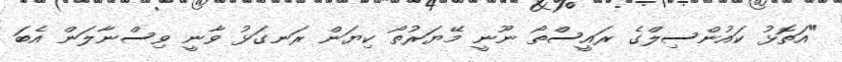
"އަތޮޅު ކައުންސިލްގެ ރައީސްތޯ ނޫނީ މޭޔަރުތޯ ކިޔަން ރަނގަޅު ވާނީ ވިސްނާލަން އެބަ